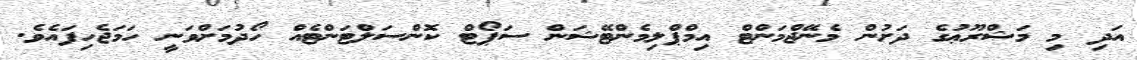
އަދި މި މަޝްރޫޢުގެ ދަށުން މެނޭޖްމަންޓް އިމްޕްލިމެންޓޭޝަން ސަޕޯޓް ކޮންސަލްޓަންޓެއް ހޯދުމަށްވަނީ ހަމަޖެހިފައެވެ.